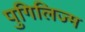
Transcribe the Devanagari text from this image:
पुगिलिज्म